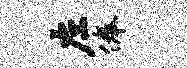
左俸